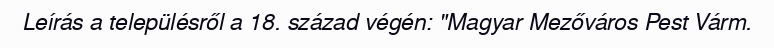
Leírás a településről a 18. század végén: "Magyar Mezőváros Pest Várm.